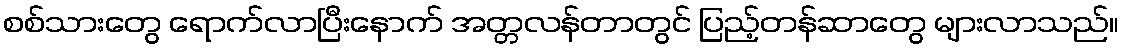
စစ်သားတွေ ရောက်လာပြီးနောက် အတ္တလန်တာတွင် ပြည့်တန်ဆာတွေ များလာသည်။